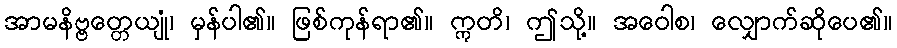
အာမနိဗ္ဗတ္တေယျုံ၊ မှန်ပါ၏။ ဖြစ်ကုန်ရာ၏။ ဣတိ၊ ဤသို့။ အဝေါစ၊ လျှောက်ဆိုပေ၏။